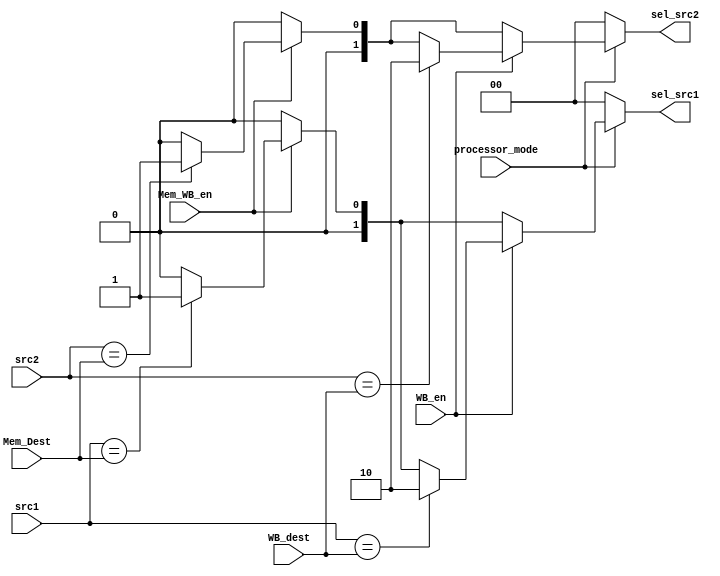
module Forwarding_Unit (
    input [3:0] WB_dest,
    Mem_Dest,
    src1,
    src2,
    input WB_en,
    Mem_WB_en,
    processor_mode,
    output reg [1:0] sel_src1,
    sel_src2
);
  always @(*) begin
    sel_src1 = 2'd0;
    sel_src2 = 2'd0;
    if (processor_mode) begin
      if (Mem_WB_en) begin
        if (src1 == Mem_Dest) sel_src1 = 2'd1;
        if (src2 == Mem_Dest) sel_src2 = 2'd1;
      end

      if (WB_en) begin
        if (src1 == WB_dest) sel_src1 = 2'd2;
        if (src2 == WB_dest) sel_src2 = 2'd2;
      end
    end
  end
endmodule